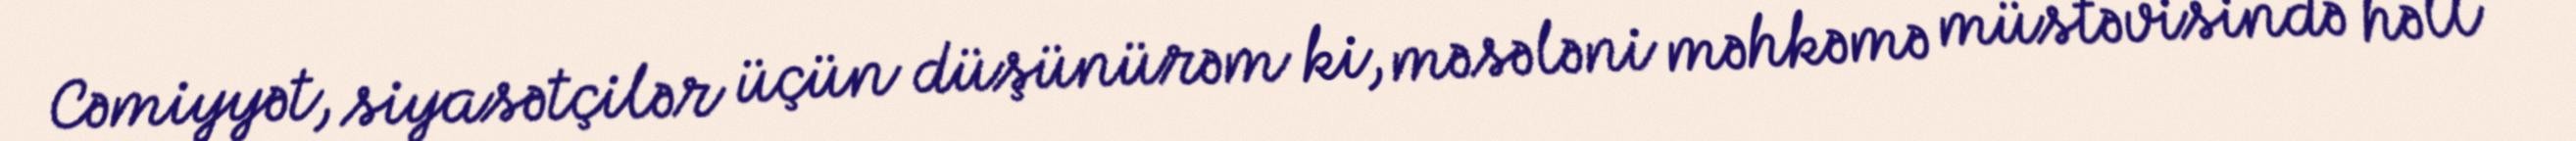
Cəmiyyət, siyasətçilər üçün düşünürəm ki, məsələni məhkəmə müstəvisində həll